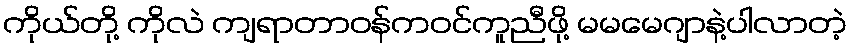
ကိုယ်တို့ ကိုလဲ ကျရာတာဝန်ကဝင်ကူညီဖို့ မမမေဂျာနဲ့ပါလာတဲ့